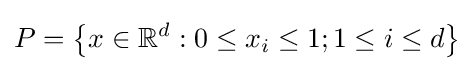
P=\left\{x\in \mathbb {R} ^{d}:0\leq x_{i}\leq 1;1\leq i\leq d\right\}